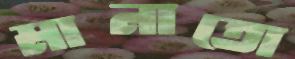
মানাতো